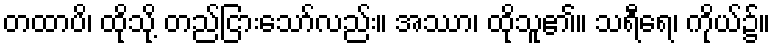
တထာပိ၊ ထိုသို့ တည်ငြားသော်လည်း။ အဿာ၊ ထိုသူ၏။ သရီရေ၊ ကိုယ်၌။